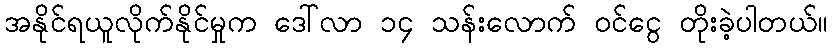
အနိုင်ရယူလိုက်နိုင်မှုက ဒေါ်လာ ၁၄ သန်းလောက် ဝင်ငွေ တိုးခဲ့ပါတယ်။